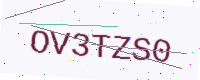
Text: OV3TZS0